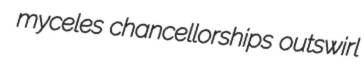
myceles chancellorships outswirl